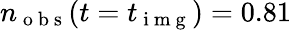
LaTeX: n_{\mathrm{~o~b~s~}}(t=t_{\mathrm{~i~m~g~}})=0.81